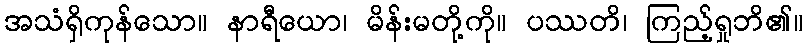
အသံရှိကုန်သော။ နာရီယော၊ မိန်းမတို့ကို။ ပဿတိ၊ ကြည့်ရှုဘိ၏။